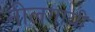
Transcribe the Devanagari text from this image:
नीलगायी